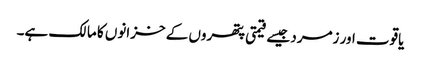
یاقوت اور زمرد جیسے قیمتی پتھروں کے خزانوں کا مالک ہے۔